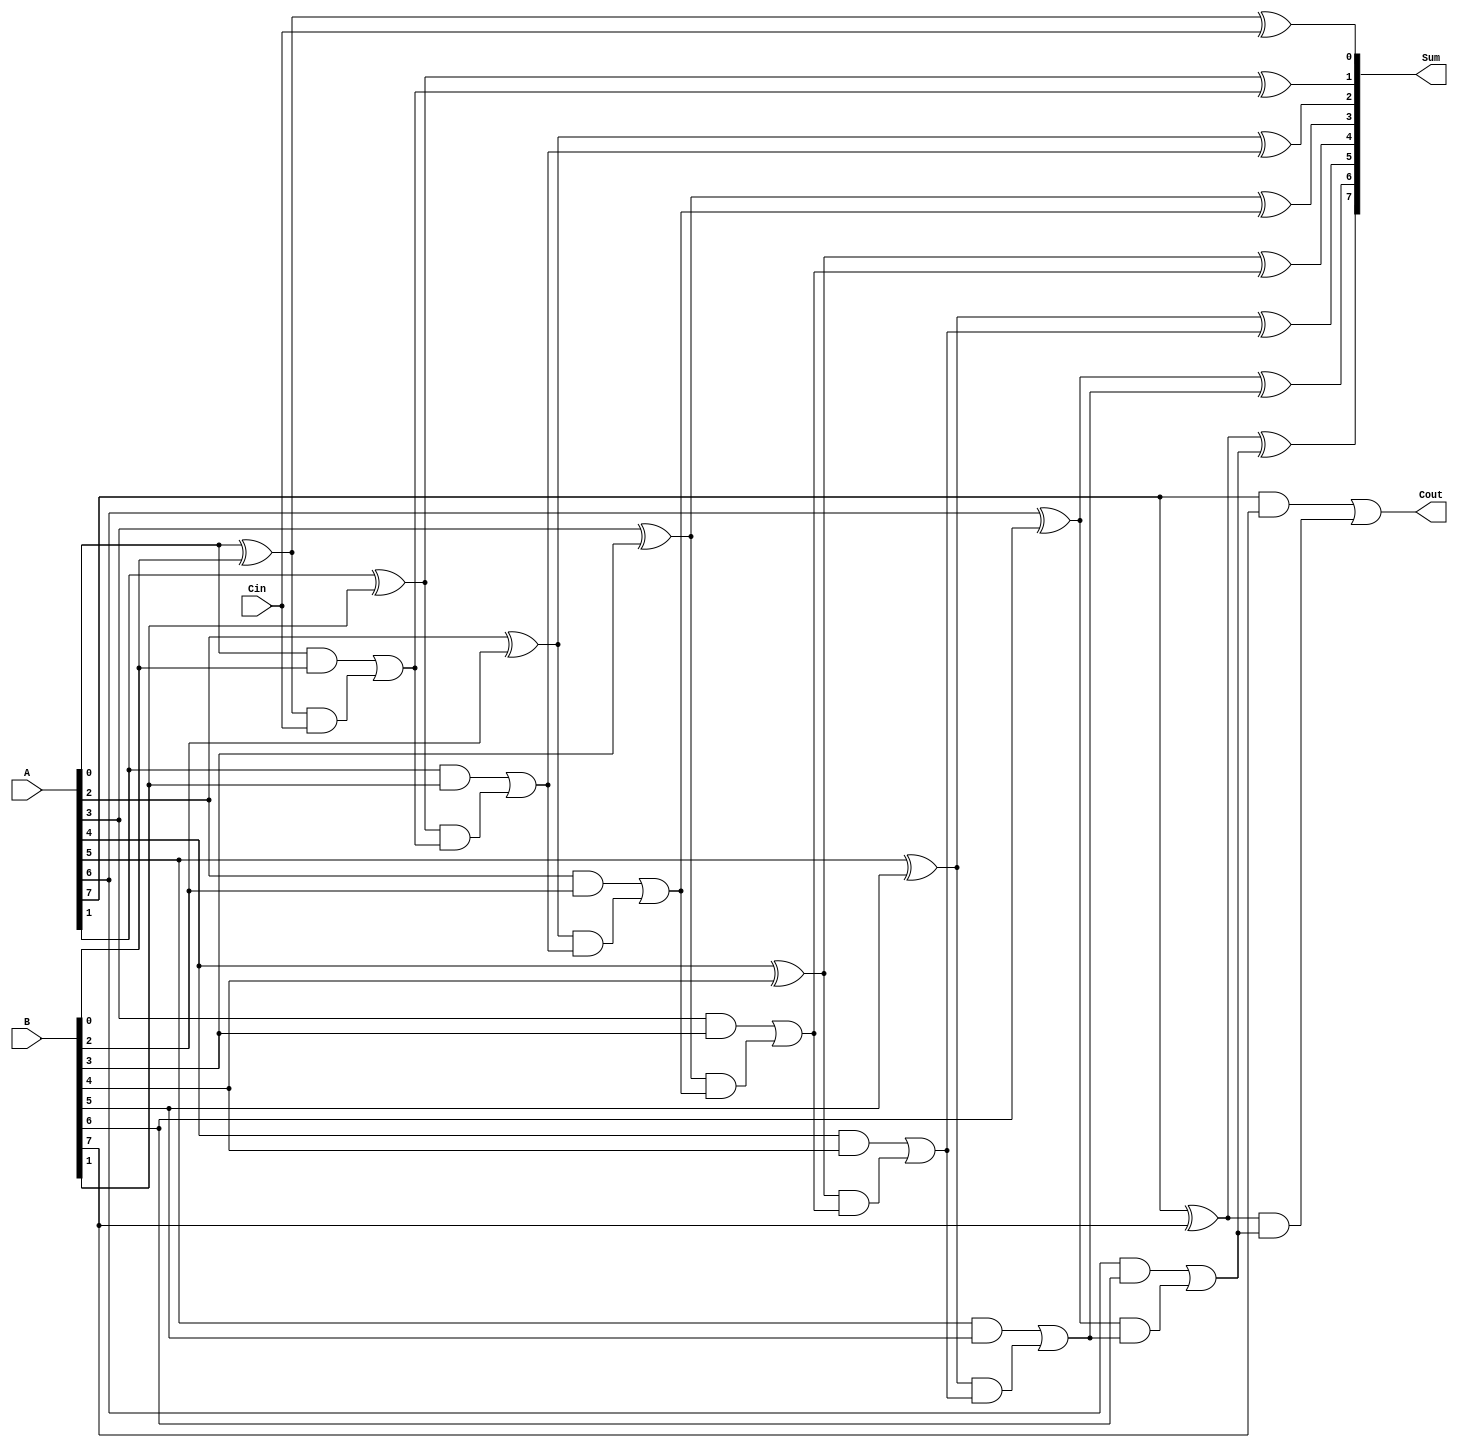
module ManchesterCarryChainAdder #(parameter n = 8) (
    input  wire [n-1:0] A,      // First n-bit input
    input  wire [n-1:0] B,      // Second n-bit input
    input  wire Cin,             // Carry-in
    output wire [n-1:0] Sum,     // n-bit Sum output
    output wire Cout             // Carry-out
);

    // Generate and Propagate signals
    wire [n-1:0] G; // Generate
    wire [n-1:0] P; // Propagate
    wire [n:0] C;   // Carry (C[0] is Cin)

    // Assign carry-in to C[0]
    assign C[0] = Cin;

    // Generate and Propagate calculations
    genvar i;
    generate
        for (i = 0; i < n; i = i + 1) begin : carry_logic
            assign G[i] = A[i] & B[i];      // Generate
            assign P[i] = A[i] ^ B[i];      // Propagate

            // Carry for the next bit
            assign C[i + 1] = G[i] | (P[i] & C[i]);
            // Sum computation
            assign Sum[i] = P[i] ^ C[i];
        end
    endgenerate

    // Final carry-out
    assign Cout = C[n];

endmodule